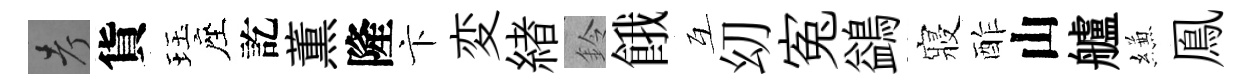
考貨珏座訖薫隆卞変緖鈴餓互㓜寃鷁寢酢山艫縑鳯